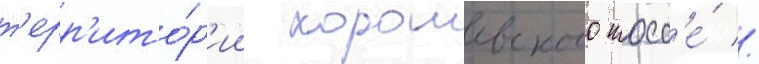
т'ерр'ито́р'ии хорошевского шосс'е́ //